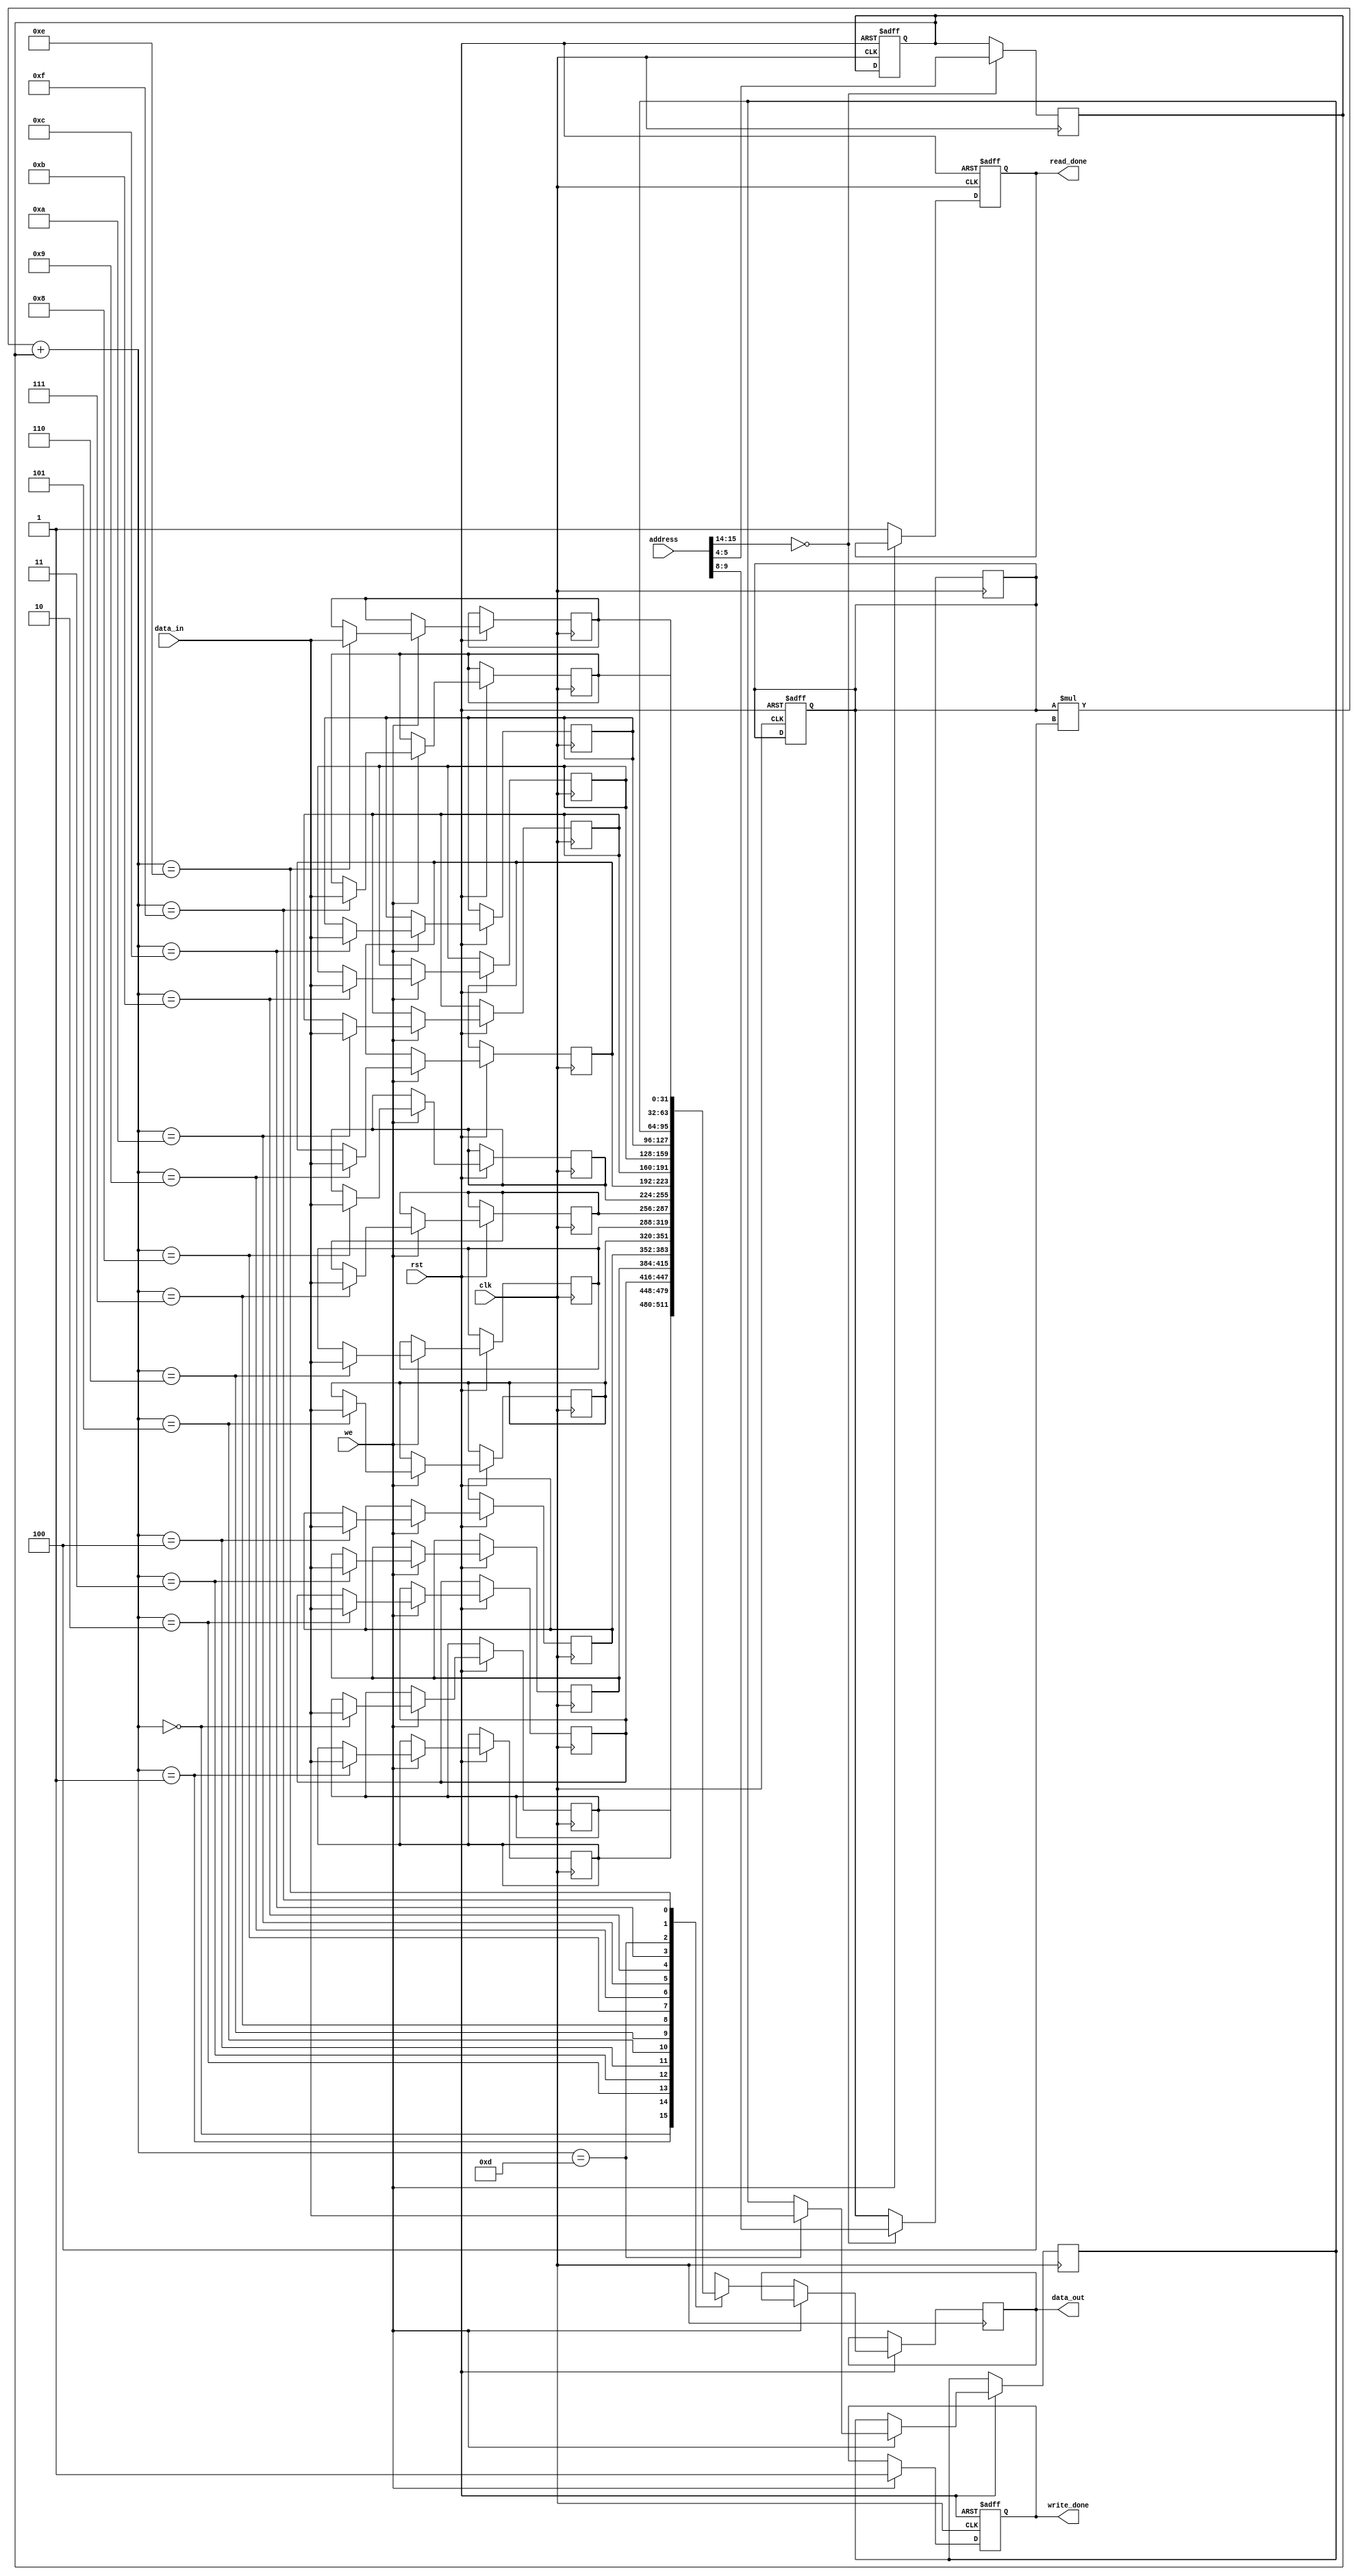
module MemoryBlocks(
    input wire clk,
    input wire rst,
    input wire [15:0] address,
    input wire we,
    input wire [31:0] data_in,
    output wire [31:0] data_out,
    output reg write_done,
    output reg read_done
);

reg [1:0] row_idx;
reg [1:0] col_idx;
reg [31:0] memory[3:0][3:0];

always @ (posedge clk or negedge rst) begin
    if (rst == 0) begin
        row_idx <= 2'b00;
        col_idx <= 2'b00;
        write_done <= 0;
        read_done <= 0;
    end else begin
        if (we == 1) begin
            memory[row_idx][col_idx] <= data_in;
            write_done <= 1;
        end else begin
            data_out <= memory[row_idx][col_idx];
            read_done <= 1;
        end
    end
end

always @ (posedge clk) begin
    if (address[15:14] == 2'b00) begin
        row_idx <= address[9:8];
        col_idx <= address[5:4];
    end
end

endmodule